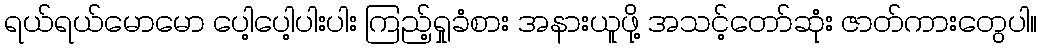
ရယ်ရယ်မောမော ပေါ့ပေါ့ပါးပါး ကြည့်ရှုခံစား အနားယူဖို့ အသင့်တော်ဆုံး ဇာတ်ကားတွေပါ။